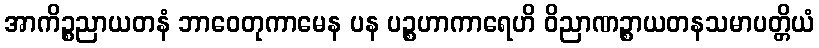
အာကိဉ္စညာယတနံ ဘာဝေတုကာမေန ပန ပဉ္စဟာကာရေဟိ ဝိညာဏဉ္စာယတနသမာပတ္တိယံ